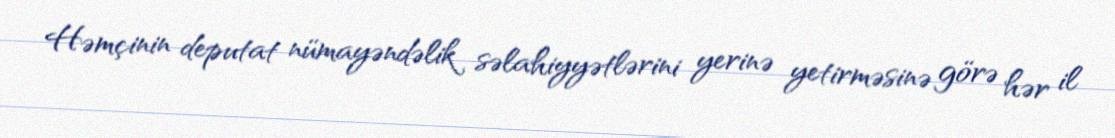
Həmçinin deputat nümayəndəlik səlahiyyətlərini yerinə yetirməsinə görə hər il